Report on certain features of malaria in the island of Salsette
Disease focus: Malaria
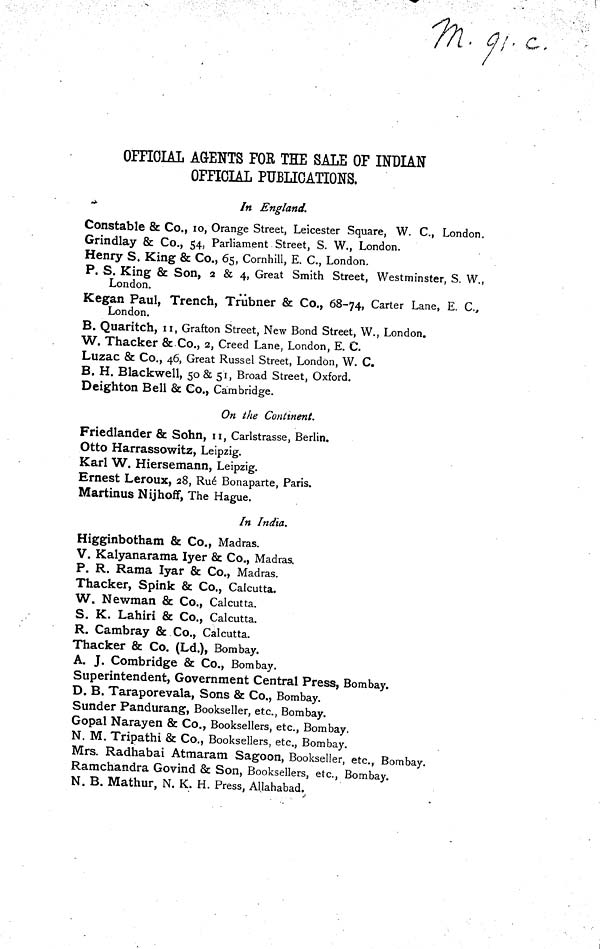
OFFICIAL AGENTS FOR THE SALE OF INDIAN
OFFICIAL PUBLICATIONS,
In England.
Constable & Co., 10, Orange Street, Leicester Square, W. C., London.
Grindlay & Co., 54, Parliament Street, S. W., London.
Henry S. King & Co., 65, Cornhill, E. C., London.
P. S. King & Son, 2 & 4, Great Smith Street, Westminster, S. W.,
London.
Kegan Paul, Trench, Trübner & Co., 68-74, Carter Lane, E. C.,
London.
B. Quaritch, 11, Grafton Street, New Bond Street, W., London.
W. Thacker & Co., 2, Creed Lane, London, E. C.
Luzac & Co., 46, Great Russel Street, London, W. C.
B. H. Blackwell, 50 & 51, Broad Street, Oxford.
Deighton Bell & Co., Cambridge.
On the Continent.
Friedlander & Sohn, 11, Carlstrasse, Berlin.
Otto Harrassowitz, Leipzig.
Karl W. Hiersemann, Leipzig.
Ernest Leroux, 28, Ru6 Bonaparte, Paris.
Martinus Nijhoff, The Hague.
In India.
Higginbotham & Co., Madras.
V. Kalyanarama Iyer & Co., Madras.
P. R. Rama lyar & Co., Madras.
Thacker, Spink & Co., Calcutta.
W. Newman & Co., Calcutta.
S. K. Lahiri & Co., Calcutta.
R. Cambray & Co., Calcutta.
Thacker & Co. (Ld.), Bombay.
A. J. Combridge & Co., Bombay.
Superintendent, Government Central Press, Bombay.
D. B. Taraporevala, Sons & Co., Bombay.
Sunder Pandurang, Bookseller, etc., Bombay.
Gopal Narayen & Co., Booksellers, etc., Bombay.
N. M. Tripathi & Co., Booksellers, etc., Bombay.
Mrs. Radhabai Atmaram Sagoon, Bookseller, etc., Bombay.
Ramchandra Govind & Son, Booksellers, etc., Bombay.
N. B. Mathur, N. K. H. Press, Allahabad.